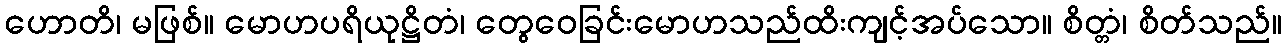
ဟောတိ၊ မဖြစ်။ မောဟပရိယုဋ္ဌိတံ၊ တွေဝေခြင်းမောဟသည်ထိးကျင့်အပ်သော။ စိတ္တံ၊ စိတ်သည်။